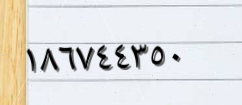
١٨٦٧٤٤٣٥٠